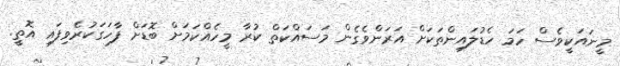
މީނައަކީވެސް ހަމަ ހެޑުލައިންތަކަށް އަރަންވެގެން މަސައްކަތް ކުރާ މީހެއްކަމަށް ބޮޑަށް ފާހަގަކުރެވިފައި އޮތީ.